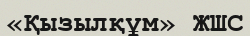
«Қызылқұм» ЖШС